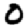
Digit: 0